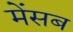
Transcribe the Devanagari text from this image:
मेंसब